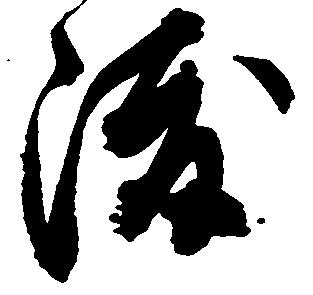
渡